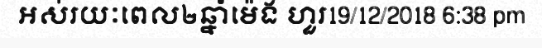
អស់រយៈពេល២ឆ្នាំម៉េង ហួរ19/12/2018 6:38 pm